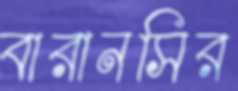
বারানসির